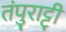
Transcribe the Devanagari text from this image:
तंपुराट्टी